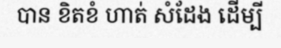
បាន ខិតខំ ហាត់ សំដែង ដើម្បី